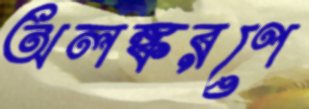
অলঙ্করণে